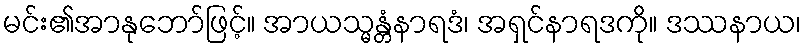
မင်း၏အာနုဘော်ဖြင့်။ အာယသ္မန္တံနာရဒံ၊ အရှင်နာရဒကို။ ဒဿနာယ၊